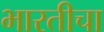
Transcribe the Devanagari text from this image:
भारतीचा